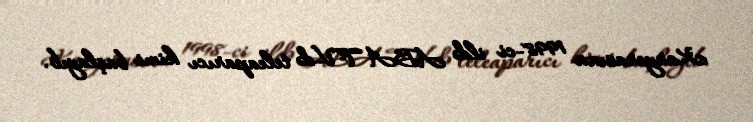
Karyerasına 1998-ci ildə ABA TV-də teleaparıcı kimi başlayıb.